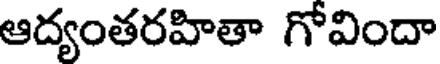
ఆద్యంతరహితా గోవిందా